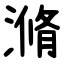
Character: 滫